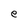
Character: e